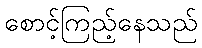
စောင့်ကြည့်နေသည်